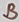
Text: B